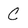
Character: C